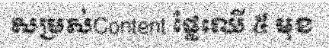
សម្រស់Content ផ្លែឈើ ៥ មុខ